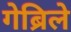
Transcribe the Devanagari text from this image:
गेब्रिले